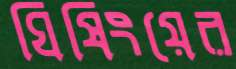
ঘিষিংয়ের